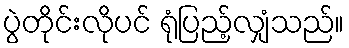
ပွဲတိုင်းလိုပင် ရုံပြည့်လျှံသည်။